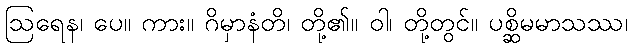
ဩရေန၊ ပေ။ ကား။ ဂိမှာနံတိ၊ တို့၏။ ဝါ၊ တို့တွင်။ ပစ္ဆိမမာသဿ၊